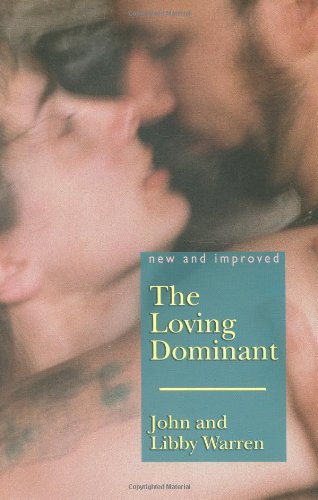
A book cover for The Loving Dominant; John Warren; Romance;